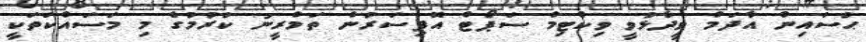
ޙުސައިން އާދަމް ވީދާޅުވީ ވިކްޓިމް ސަޕޯޓް އޮފިސަރުން ތަމްރީނު ކުރުމުގެ މި މަސައްކަތަކީ